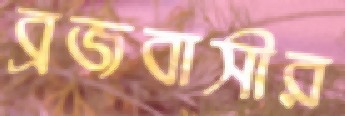
ব্রজবাসীর